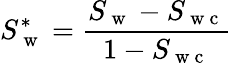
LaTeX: S_{\mathrm{~w~}}^{*}=\frac{S_{\mathrm{~w~}}-S_{\mathrm{~w~c~}}}{1-S_{\mathrm{~w~c~}}}